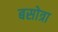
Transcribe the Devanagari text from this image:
बसोत्रा